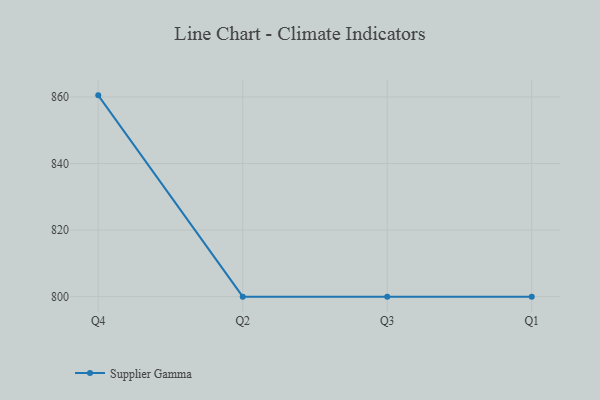
{"axis": {"x": "Quarter", "y": "Temperature (°C)"}, "legend": ["Supplier Gamma"], "data": [{"x": "Q4", "y": 860.5, "type": "Supplier Gamma"}, {"x": "Q2", "y": 800, "type": "Supplier Gamma"}, {"x": "Q3", "y": 800, "type": "Supplier Gamma"}, {"x": "Q1", "y": 800, "type": "Supplier Gamma"}]}